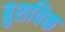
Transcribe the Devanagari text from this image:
बुशविक